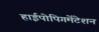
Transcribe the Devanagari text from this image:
हाईपोपिगमेंटेशन